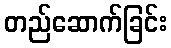
တည်ဆောက်ခြင်း